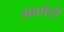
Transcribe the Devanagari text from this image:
गबपेंतीं